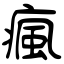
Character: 瘋